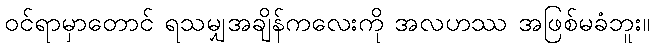
ဝင်ရာမှာတောင် ရသမျှအချိန်ကလေးကို အလဟဿ အဖြစ်မခံဘူး။